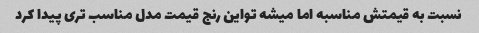
نسبت به قیمتش مناسبه اما میشه تواین رنج قیمت مدل مناسب تری پیدا کرد